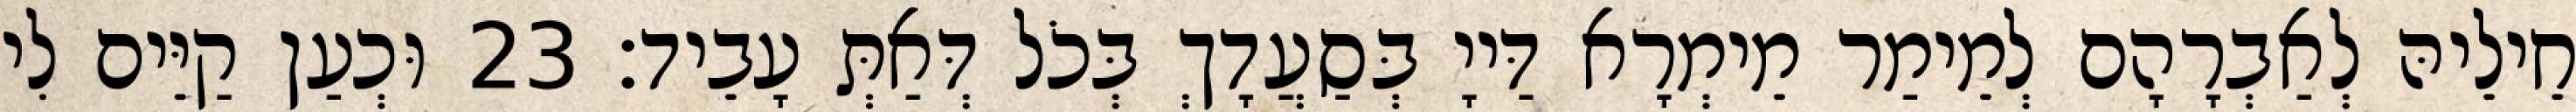
חֵילֵיהּ לְאַבְרָהָם לְמֵימַר מֵימְרָא דַּייָ בְּסַעֲדָךְ בְּכֹל דְּאַתְּ עָבֵיד׃ 23 וּכְעַן קַיֵּים לִי